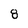
Character: 8